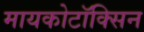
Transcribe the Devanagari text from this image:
मायकोटॉक्सिन